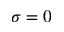
\sigma = 0